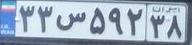
۳۳س۵۹۲۳۸